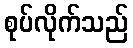
စုပ်လိုက်သည်